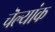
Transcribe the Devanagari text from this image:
चॆल्यांक